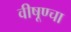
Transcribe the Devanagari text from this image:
वीषूण्चा